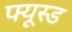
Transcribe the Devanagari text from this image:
फ्यूस्ड